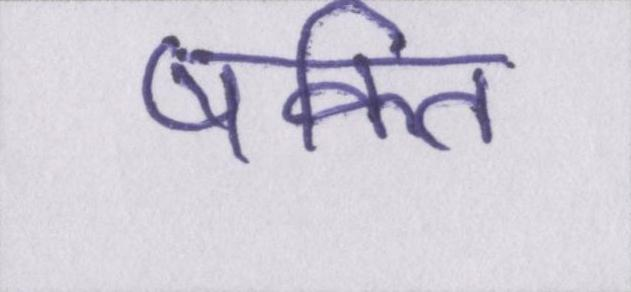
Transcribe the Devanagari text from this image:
षक्ति